NAE_ERA_R-1992_EV_Ehitusministeerium, lk 22
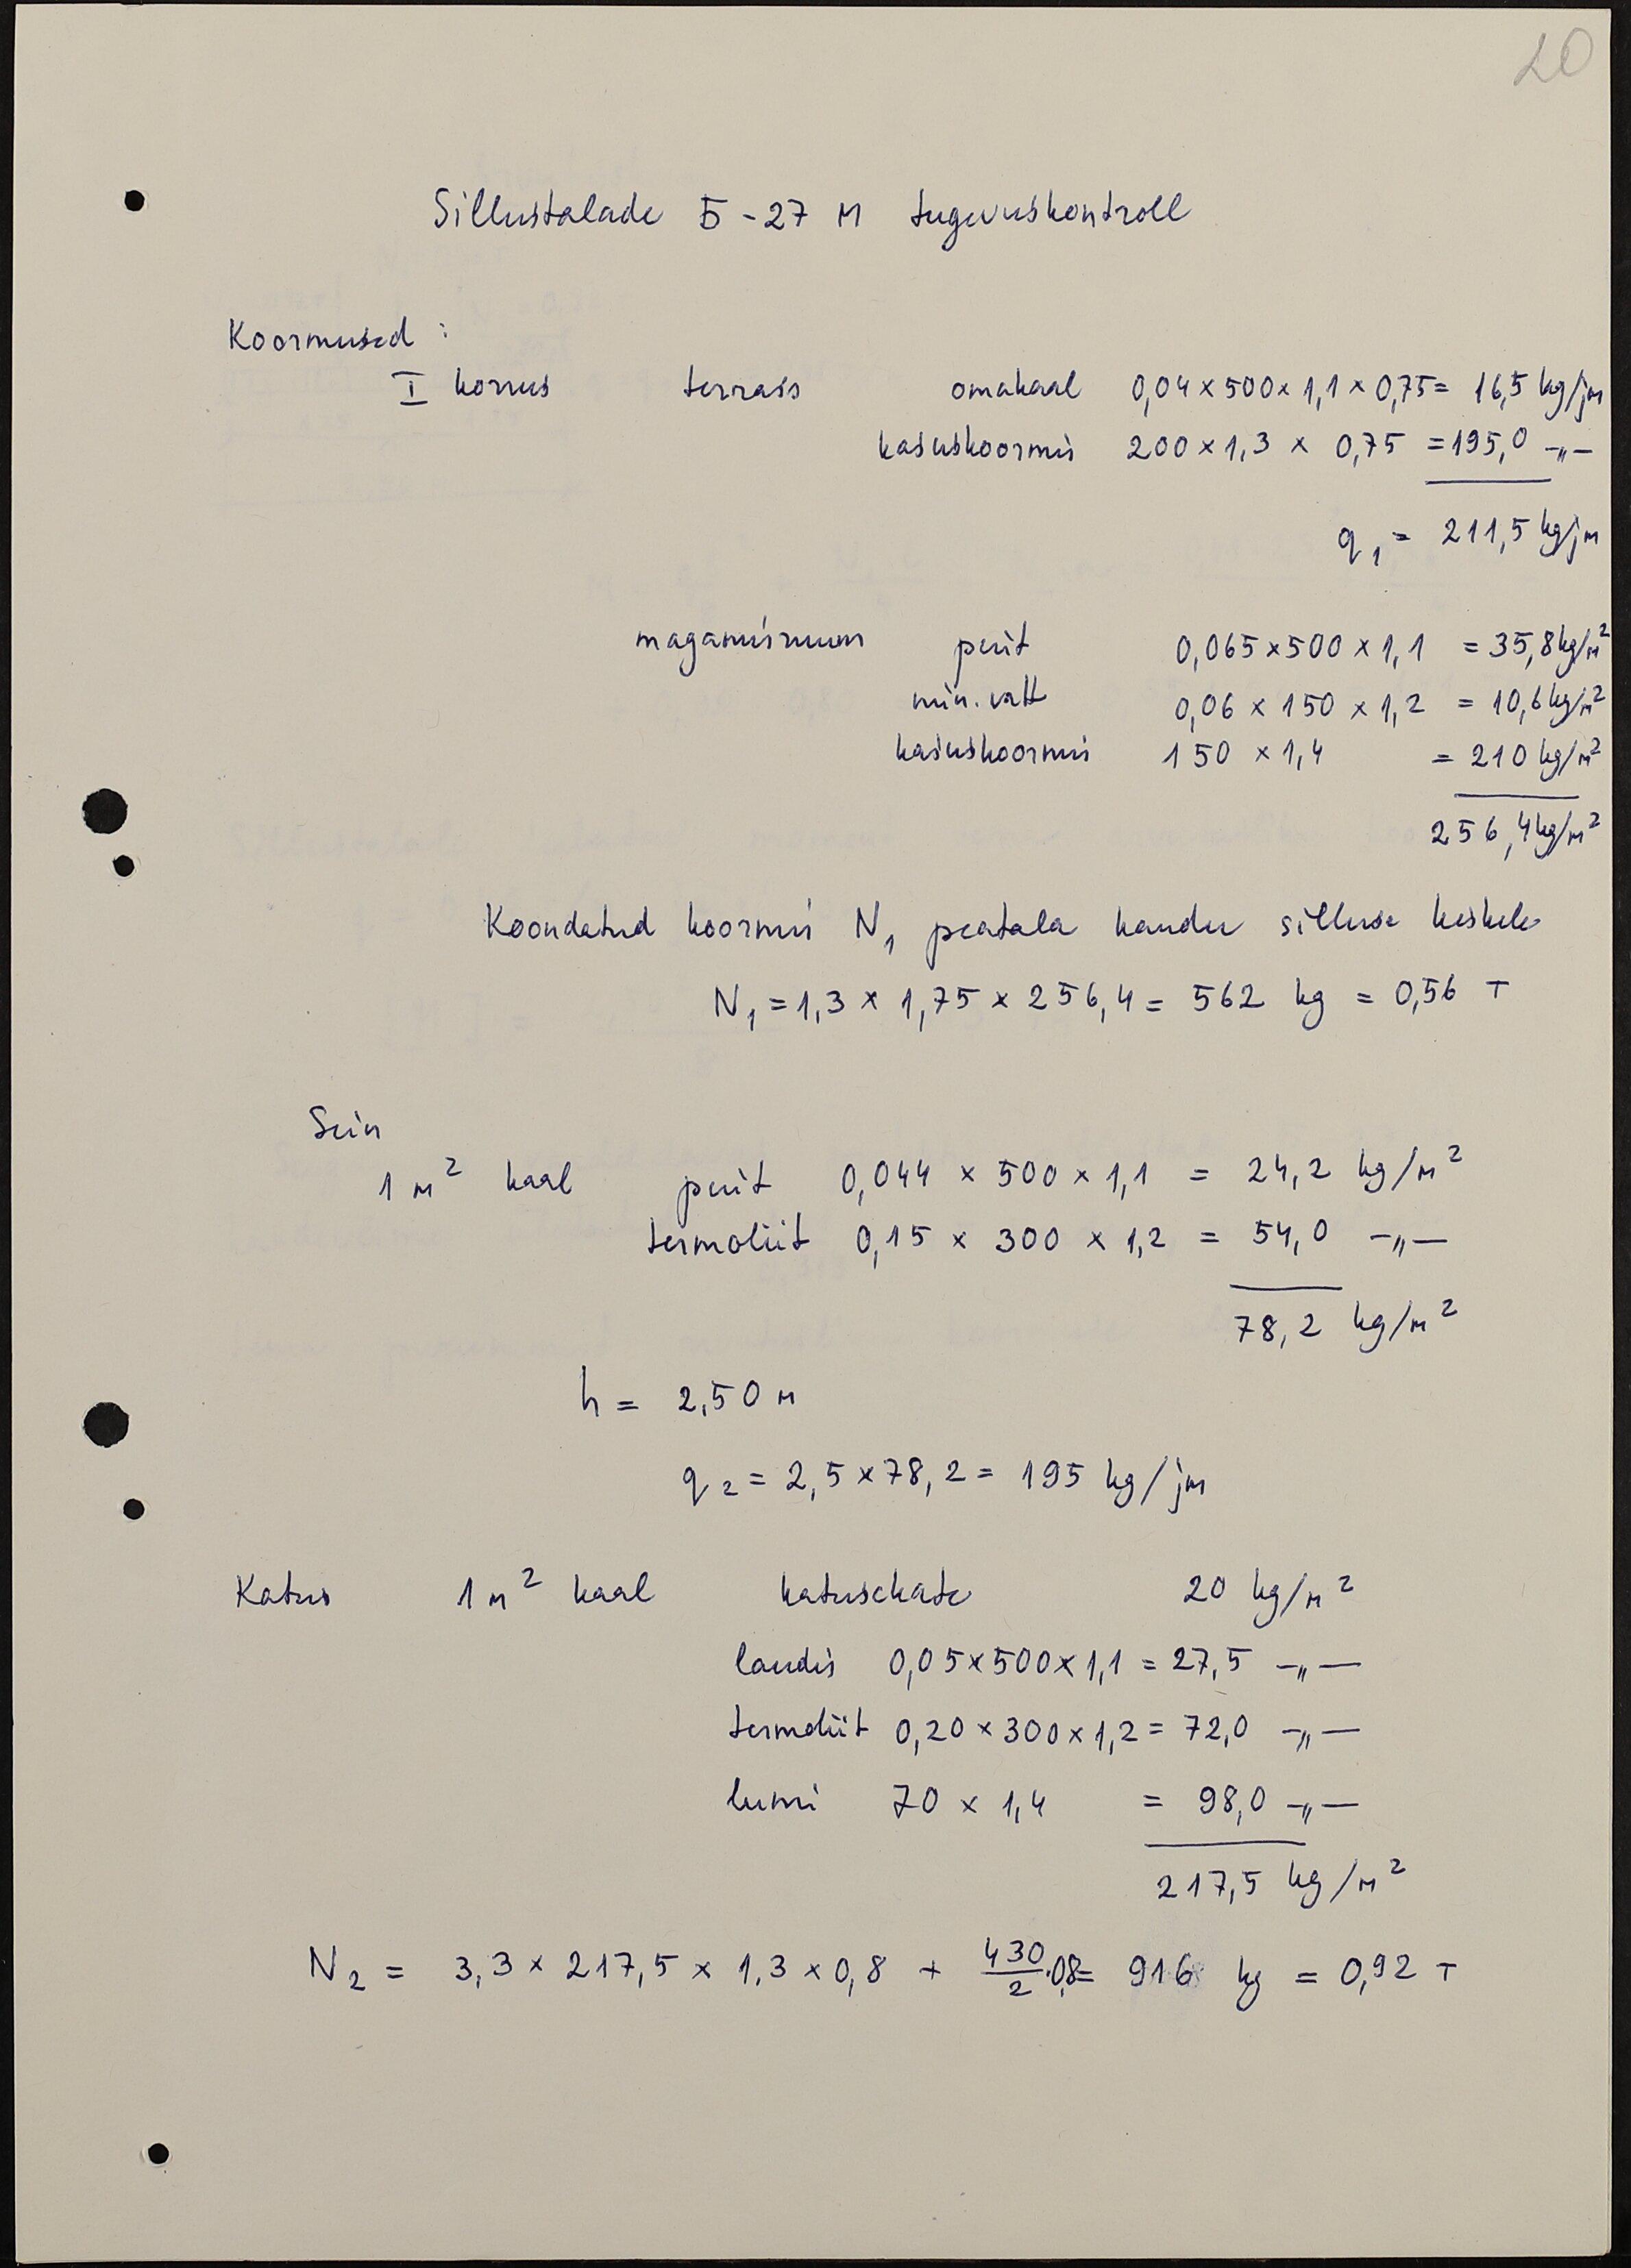
20
Sillustalade Б-27 M tugevuskontroll
Koormused
I korrus terrass omakaal 0,04x500x1,1x0,75 = 16,5 kg/jm
kasuskoormis 200x1,3x 0,75 = 195,0 kg/jm
q1=211,5 kg/jm
magamisruum puit 0,065 x500 x1,1 - 35,8 kg/m2
min. vatt - 0,06 x 150 x 1,2 = 10,6 kg/m2
kasuskoormis 150 x 1,4 = - 210 kg/m2
256,4 kg/m2
Koondatud koormis N1 peatala kaudu silluse keskele
N1 = 1,3 x 1,75 x 256,4 = 562 kg = 0,56 T
Sein
1 m2 kaal puit 0,044 x 500x 1,1 = 24,2 kg/m2
termoliit 0,15 x 300 x 1,2 = 54,0 kg/m2
78,2 kg/m2
h = 2,50 m
q2 = 2, 5 x 78, 2 = 195 kg/jm
Katus 1m2 kaal katusekate 20 kg/m2
laudis 0,05x500x1,1 =27,5 kg/m2
termoliit 0,20x300x1,2 = 72,0 kg/m2
lumi 70 x 1,4 = 98,0 kg/m2
217,5 kg/m2
N2 = 3,3x 217,5x 1,3x0,8 + 430/2X0,8 = 916 kg = 0,92 T